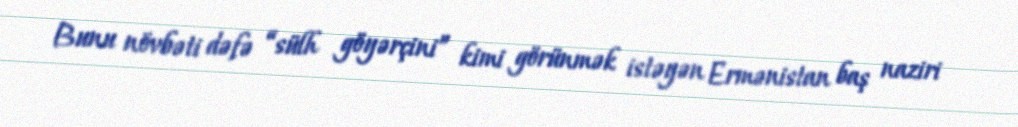
Bunu növbəti dəfə “sülh göyərçini” kimi görünmək istəyən Ermənistan baş naziri